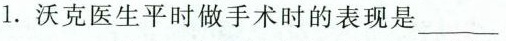
1.沃克医生平时做手术时的表现是___